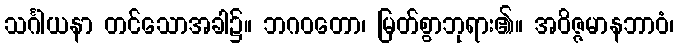
သင်္ဂါယနာ တင်သောအခါ၌။ ဘဂဝတော၊ မြတ်စွာဘုရား၏။ အဝိဇ္ဇမာနဘာဝံ၊